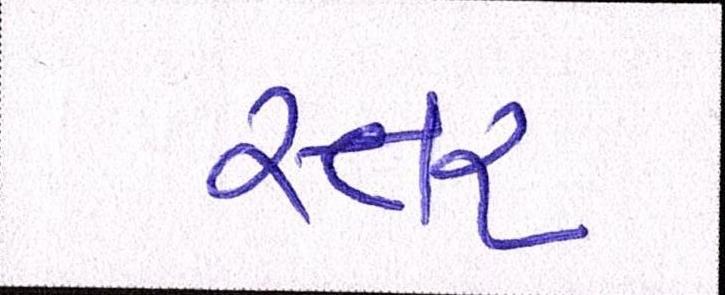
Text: સ્તર